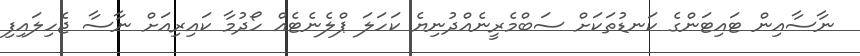
ނާސާއިން ޓައިޓަންގެ ކަނޑުތަކަށް ސަބްމެރީނެއްދުނިޔެ ކަހަލަ ޕްލެނެޓެއް ހޯދުމާ ކައިރިއަށް ނާސާ ޖެހިލައިފި